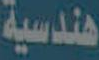
هندسية